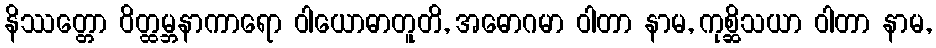
နိဿတ္တော ဝိတ္ထမ္ဘနာကာရော ဝါယောဓာတူတိ, အဓောဂမာ ဝါတာ နာမ, ကုစ္ဆိသယာ ဝါတာ နာမ,